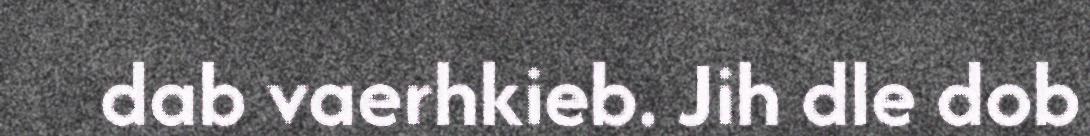
dab vaerhkieb. Jih dle dob